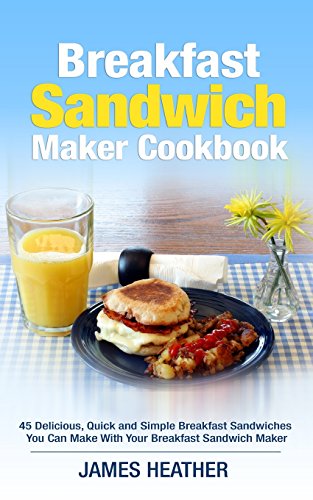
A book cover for Breakfast Sandwich Maker Cookbook: 45 Delicious, Quick and Simple Breakfast Sandwiches You Can Make With Your Breakfast Sandwich Maker; James Heather; Cookbooks, Food & Wine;